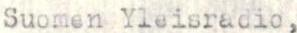
Suomen Yleisradio,